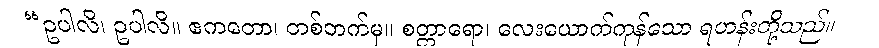
“ဥပါလိ၊ ဥပါလိ။ ဧကတော၊ တစ်ဘက်မှ။ စတ္တာရော၊ လေးယောက်ကုန်သော ရဟန်းတို့သည်။